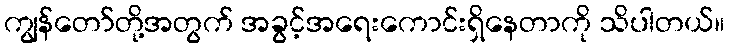
ကျွန်တော်တို့အတွက် အခွင့်အရေးကောင်းရှိနေတာကို သိပါတယ်။